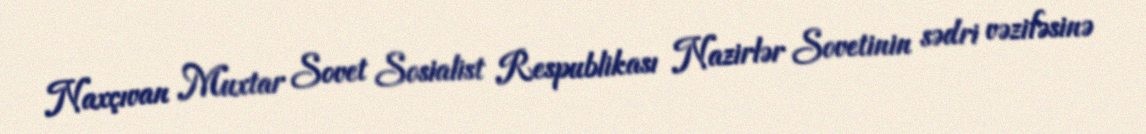
Naxçıvan Muxtar Sovet Sosialist Respublikası Nazirlər Sovetinin sədri vəzifəsinə